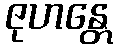
ဇုဟန္တေ